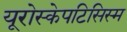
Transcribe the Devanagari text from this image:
यूरोस्केपटिसिस्म